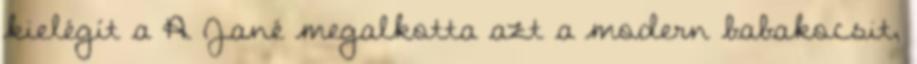
kielégít a A Jané megalkotta azt a modern babakocsit,